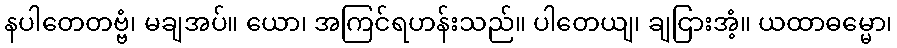
နပါတေတဗ္ဗံ၊ မချအပ်။ ယော၊ အကြင်ရဟန်းသည်။ ပါတေယျ၊ ချငြားအံ့။ ယထာဓမ္မော၊